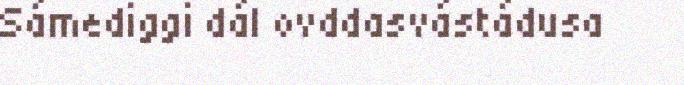
Sámediggi dál ovddasvástádusa